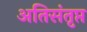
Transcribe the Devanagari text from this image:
अतिसंतृप्त